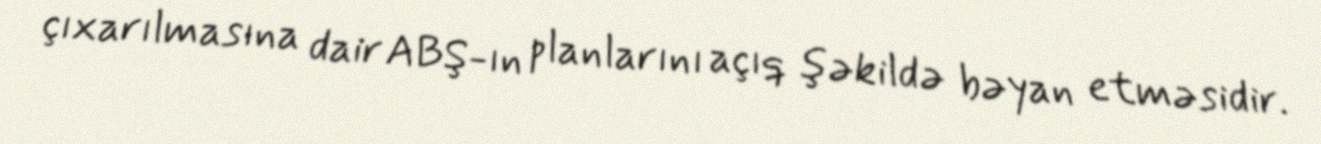
çıxarılmasına dair ABŞ-ın planlarını açıq şəkildə bəyan etməsidir.